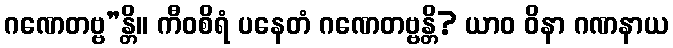
ဂဏေတဗ္ဗ”န္တိ။ ကီဝစိရံ ပနေတံ ဂဏေတဗ္ဗန္တိ? ယာဝ ဝိနာ ဂဏနာယ